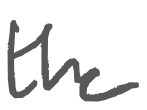
Text: the
Cross-out: clean
Writing tool: digital_gray